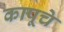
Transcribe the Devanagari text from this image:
कापूचे